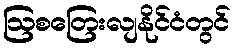
ဩစတြေးလျနိုင်ငံတွင်